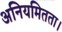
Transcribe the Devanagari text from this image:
अनियमितता।